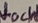
Text: VocH